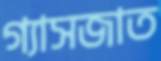
গ্যাসজাত